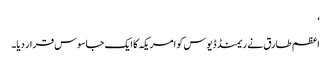
‘
اعظم طارق نے ریمنڈ ڈیوس کو امریکہ کا ایک جاسوس قرار دیا۔